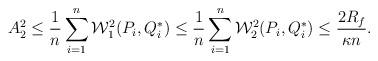
LaTeX: \begin{align*}A_2^2 \le \frac{1}{n}\sum_{i=1}^n\mathcal{W}_1^2(P_i,Q^*_i) \le \frac{1}{n}\sum_{i=1}^n\mathcal{W}_2^2(P_i,Q^*_i) \le \frac{2R_f}{\kappa n}.\end{align*}